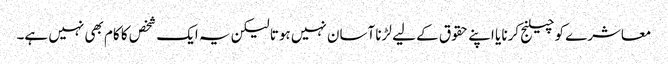
معاشرے کو چیلنج کرنا یا اپنے حقوق کے لیے لڑنا آسان نہیں ہوتا لیکن یہ ایک شخص کا کام بھی نہیں ہے۔